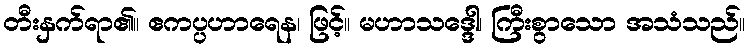
တီးနှက်ရာ၏။ ဧကပ္ပဟာရေန၊ ဖြင့်။ မဟာသဒ္ဒေါ၊ ကြီးစွာသော အသံသည်။